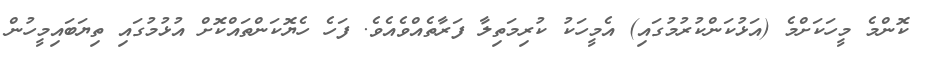
ކޮންމެ މީހަކަށްމެ (އަޅުކަންކުރުމުގައި) އެމީހަކު ކުރިމަތިލާ ފަރާތެއްވެއެވެ. ފަހެ ހެޔޮކަންތައްކޮށް އުޅުމުގައި ތިޔަބައިމީހުން